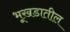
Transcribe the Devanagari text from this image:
भूखडातील